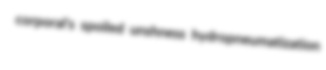
corporal's spoiled unshness hydropneumatization